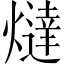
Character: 燵